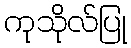
ကုသိုလ်ပြု